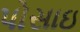
પોસાઇ